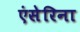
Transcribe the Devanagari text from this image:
एंसेरिना